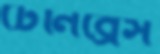
টেনিব্রেস